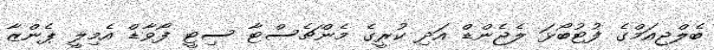
ބެލްޖިއަމްގެ ފުޓުބޯޅަ ލެޖެންޑް އަދި ކުރީގެ މެންޗެސްޓާ ސިޓީ ފޯވާޑް އެމިލީ ޕެންޒާ